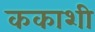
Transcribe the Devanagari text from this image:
ककाशी